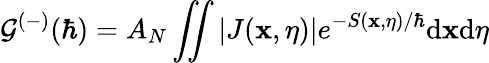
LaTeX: \mathcal{G}^{(-)}(\hbar)=A_{N}\iint|J(\mathbf{x},\eta)|e^{-S(\mathbf{x},\eta)/\hbar}\mathrm{d}\mathbf{x}\mathrm{d}\eta